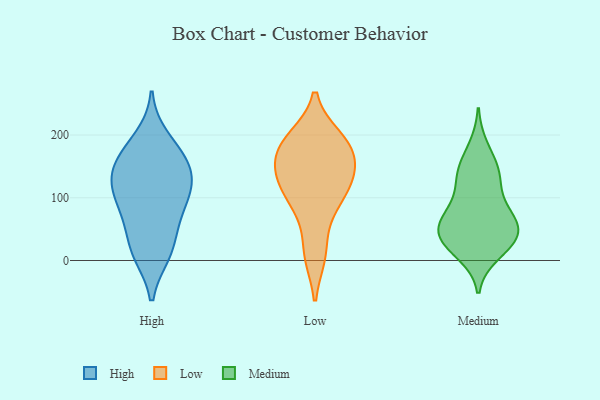
{"axis": {"x": "Tickets Resolved", "y": "Value"}, "legend": ["High", "Low", "Medium"], "data": [{"x": "", "y": 158, "type": "High"}, {"x": "", "y": 76, "type": "High"}, {"x": "", "y": 92, "type": "High"}, {"x": "", "y": 113, "type": "High"}, {"x": "", "y": 195, "type": "High"}, {"x": "", "y": 171, "type": "High"}, {"x": "", "y": 11, "type": "High"}, {"x": "", "y": 136, "type": "High"}, {"x": "", "y": 28, "type": "High"}, {"x": "", "y": 123, "type": "High"}, {"x": "", "y": 68, "type": "High"}, {"x": "", "y": 159, "type": "High"}, {"x": "", "y": 11, "type": "High"}, {"x": "", "y": 123, "type": "High"}, {"x": "", "y": 143, "type": "Low"}, {"x": "", "y": 83, "type": "Low"}, {"x": "", "y": 126, "type": "Low"}, {"x": "", "y": 193, "type": "Low"}, {"x": "", "y": 166, "type": "Low"}, {"x": "", "y": 119, "type": "Low"}, {"x": "", "y": 131, "type": "Low"}, {"x": "", "y": 11, "type": "Low"}, {"x": "", "y": 10, "type": "Low"}, {"x": "", "y": 194, "type": "Low"}, {"x": "", "y": 170, "type": "Low"}, {"x": "", "y": 119, "type": "Low"}, {"x": "", "y": 179, "type": "Low"}, {"x": "", "y": 83, "type": "Low"}, {"x": "", "y": 187, "type": "Low"}, {"x": "", "y": 120, "type": "Medium"}, {"x": "", "y": 75, "type": "Medium"}, {"x": "", "y": 85, "type": "Medium"}, {"x": "", "y": 180, "type": "Medium"}, {"x": "", "y": 44, "type": "Medium"}, {"x": "", "y": 11, "type": "Medium"}, {"x": "", "y": 40, "type": "Medium"}, {"x": "", "y": 61, "type": "Medium"}, {"x": "", "y": 20, "type": "Medium"}, {"x": "", "y": 69, "type": "Medium"}, {"x": "", "y": 29, "type": "Medium"}, {"x": "", "y": 145, "type": "Medium"}, {"x": "", "y": 132, "type": "Medium"}, {"x": "", "y": 39, "type": "Medium"}, {"x": "", "y": 49, "type": "Medium"}, {"x": "", "y": 145, "type": "Medium"}]}